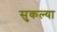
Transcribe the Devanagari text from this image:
सुकल्या